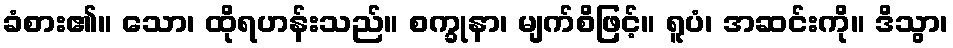
ခံစား၏။ သော၊ ထိုရဟန်းသည်။ စက္ခုနာ၊ မျက်စိဖြင့်။ ရူပံ၊ အဆင်းကို။ ဒိသွာ၊